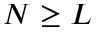
N \geq L